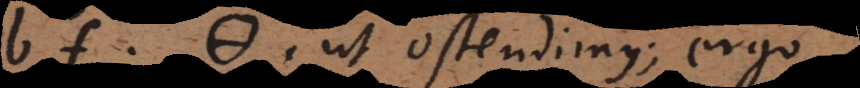
bf · Θ, ut ostendimus; ergo